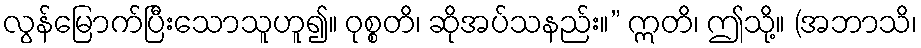
လွန်မြောက်ပြီးသောသူဟူ၍။ ဝုစ္စတိ၊ ဆိုအပ်သနည်း။” ဣတိ၊ ဤသို့။ (အဘာသိ၊